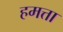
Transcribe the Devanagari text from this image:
हमत्ता